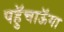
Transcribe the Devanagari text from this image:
पहुॅचाऊॅगा